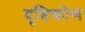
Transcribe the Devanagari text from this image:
दॄष्टिकोण